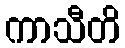
ကာသီတိ